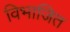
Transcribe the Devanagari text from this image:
विभाजित